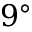
9 ^ { \circ }